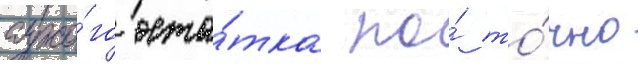
сухо́го оста́тка по́ то́чно